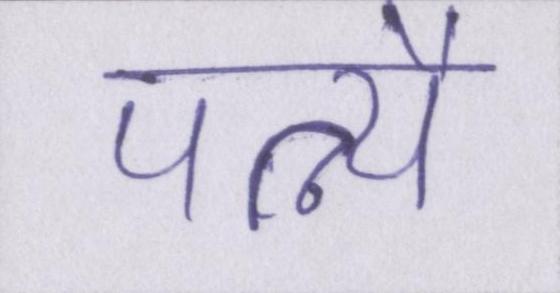
पत्न्यै